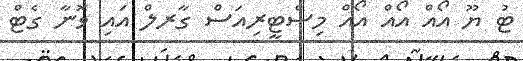
ޓު ޔޫ އޯއް އޯއް އޯއް މިސްޓީރިއަސް ގާރލް އައި ވޮނާ ގެޓް